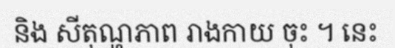
និង សីតុណ្ហភាព រាងកាយ ចុះ ។ នេះ